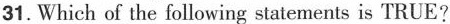
31.Which of the following statements is TRUE?